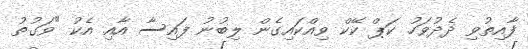
ފާއިތުވި ދެދުވަހު ކަޕް ކޭކް ވިއްކައިގެން ލިބުނު ފައިސާ އާއި އެކު "ވަގުތު